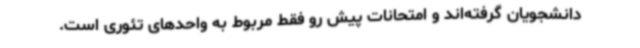
دانشجویان گرفته‌اند و امتحانات پیش رو فقط مربوط به واحدهای تئوری است.